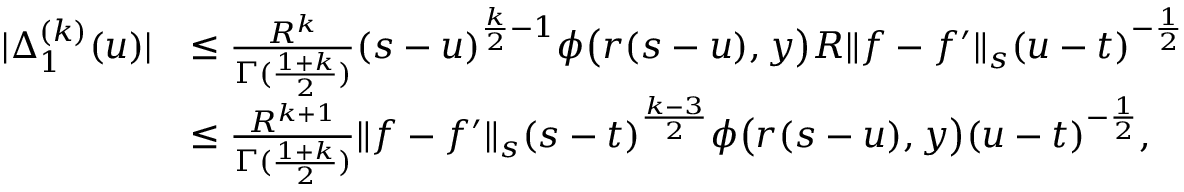
\begin{array} { r l } { | \Delta _ { 1 } ^ { ( k ) } ( u ) | } & { \le \frac { R ^ { k } } { \Gamma ( \frac { 1 + k } { 2 } ) } ( s - u ) ^ { \frac { k } { 2 } - 1 } \phi \big ( r ( s - u ) , y \big ) R \| f - f ^ { \prime } \| _ { s } ( u - t ) ^ { - \frac { 1 } { 2 } } } \\ & { \le \frac { R ^ { k + 1 } } { \Gamma ( \frac { 1 + k } { 2 } ) } \| f - f ^ { \prime } \| _ { s } ( s - t ) ^ { \frac { k - 3 } { 2 } } \phi \big ( r ( s - u ) , y \big ) ( u - t ) ^ { - \frac { 1 } { 2 } } , } \end{array}